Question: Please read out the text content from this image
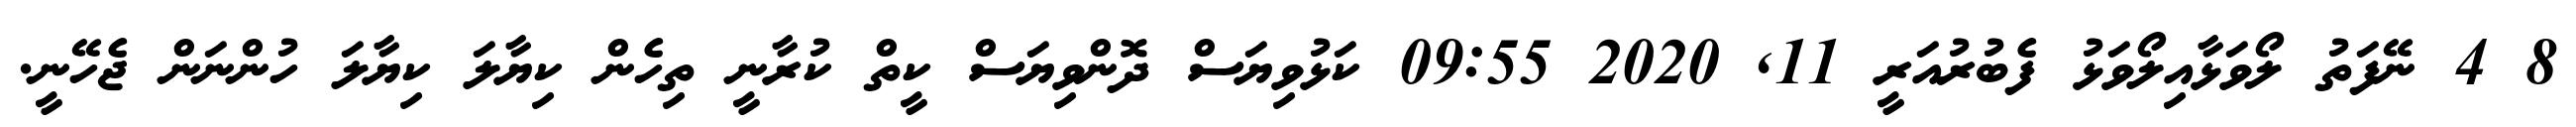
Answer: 8 4 ނޭފަތު ލޯވަޅާއިލޯވަޅު ފެބުރުއަރީ 11, 2020 09:55 ކަޅުވިޔަސް ދޮންވިޔަސް ކީތް ކުރާނީ ތިހެން ކިޔާލަ ކިޔާލަ ހުންނަން ޖެހޭނީ.